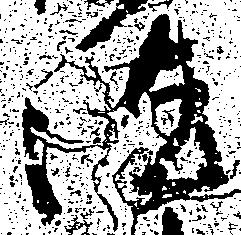
汰